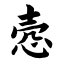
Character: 悫